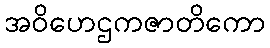
အဝိဟေဌကဇာတိကော